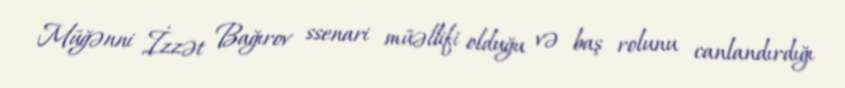
Müğənni İzzət Bağırov ssenari müəllifi olduğu və baş rolunu canlandırdığı